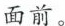
面前。